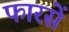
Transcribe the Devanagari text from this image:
फारसें